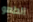
الطهو